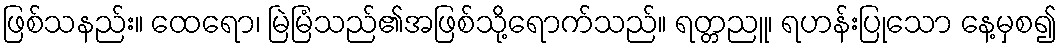
ဖြစ်သနည်း။ ထေရော၊ မြဲမြံသည်၏အဖြစ်သို့ရောက်သည်။ ရတ္တညူ၊ ရဟန်းပြုသော နေ့မှစ၍